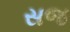
સજ